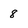
Character: 8